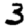
Digit: 3